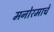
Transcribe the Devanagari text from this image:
मनोरमाचे